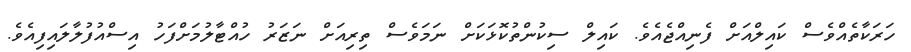
ހަރަކާތެއްވެސް ކައިލްއަށް ފެނިއްޖެއެވެ. ކައިލް ސިކުންތުކޮޅަކަށް ނަމަވެސް ތިރިއަށް ނަޒަރު ހުއްޓާލުމަށްފަހު އިސްއުފުލާލައިފިއެވެ.